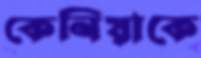
কেনিয়াকে